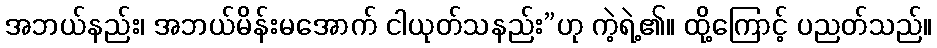
အဘယ်နည်း၊ အဘယ်မိန်းမအောက် ငါယုတ်သနည်း”ဟု ကဲ့ရဲ့၏။ ထို့ကြောင့် ပညတ်သည်။